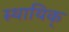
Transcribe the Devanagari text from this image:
स्थायिक्